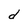
Character: d